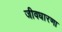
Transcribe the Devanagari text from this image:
जीवधारणा